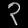
Digit: ၃